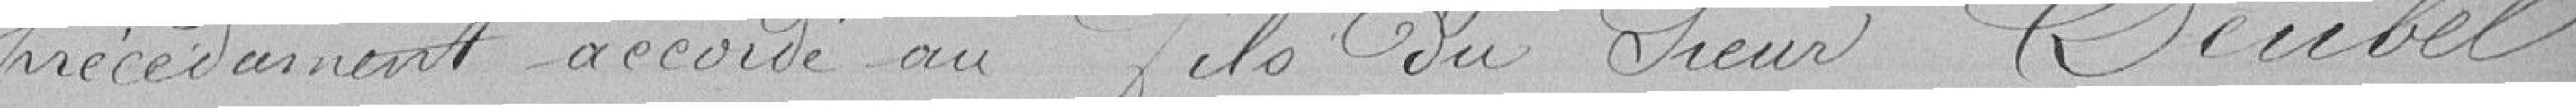
précédemment accordé au fils du Sieur Deubel